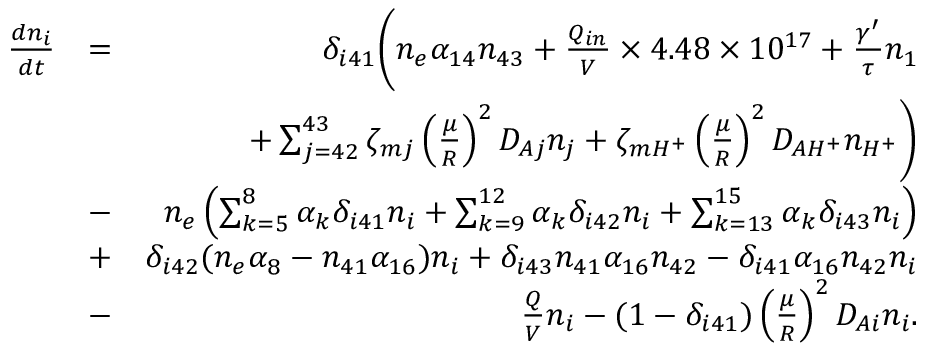
\begin{array} { r l r } { \frac { d n _ { i } } { d t } } & { = } & { \delta _ { i 4 1 } \Biggl ( n _ { e } \alpha _ { 1 4 } n _ { 4 3 } + \frac { Q _ { i n } } { V } \times 4 . 4 8 \times 1 0 ^ { 1 7 } + \frac { \gamma ^ { \prime } } { \tau } n _ { 1 } } \\ & { } & { \quad \quad + \sum _ { j = 4 2 } ^ { 4 3 } \zeta _ { m j } \left( \frac { \mu } { R } \right) ^ { 2 } D _ { A j } n _ { j } + \zeta _ { m H ^ { + } } \left( \frac { \mu } { R } \right) ^ { 2 } D _ { A H ^ { + } } n _ { H ^ { + } } \Biggr ) } \\ & { - } & { n _ { e } \left( \sum _ { k = 5 } ^ { 8 } \alpha _ { k } \delta _ { i 4 1 } n _ { i } + \sum _ { k = 9 } ^ { 1 2 } \alpha _ { k } \delta _ { i 4 2 } n _ { i } + \sum _ { k = 1 3 } ^ { 1 5 } \alpha _ { k } \delta _ { i 4 3 } n _ { i } \right) } \\ & { + } & { \delta _ { i 4 2 } ( n _ { e } \alpha _ { 8 } - n _ { 4 1 } \alpha _ { 1 6 } ) n _ { i } + \delta _ { i 4 3 } n _ { 4 1 } \alpha _ { 1 6 } n _ { 4 2 } - \delta _ { i 4 1 } \alpha _ { 1 6 } n _ { 4 2 } n _ { i } } \\ & { - } & { \frac { Q } { V } n _ { i } - ( 1 - \delta _ { i 4 1 } ) \left( \frac { \mu } { R } \right) ^ { 2 } D _ { A i } n _ { i } . } \end{array}